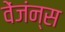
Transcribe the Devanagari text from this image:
वेंजंन्स